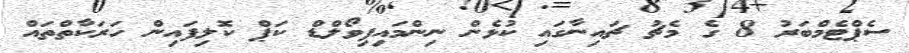
ސެޕްޓެމްބަރު 8 ގެ މެޗު ޗައިނާގައި ކުޅެން ނިންމައިފިވޯލްޑް ކަޕް ކޮލިފައިން ހަރަކާތްތައް